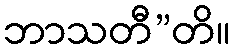
ဘာသတီ”တိ။